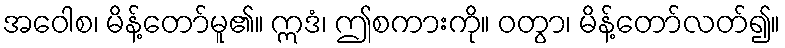
အဝေါစ၊ မိန့်တော်မူ၏။ ဣဒံ၊ ဤစကားကို။ ဝတွာ၊ မိန့်တော်လတ်၍။